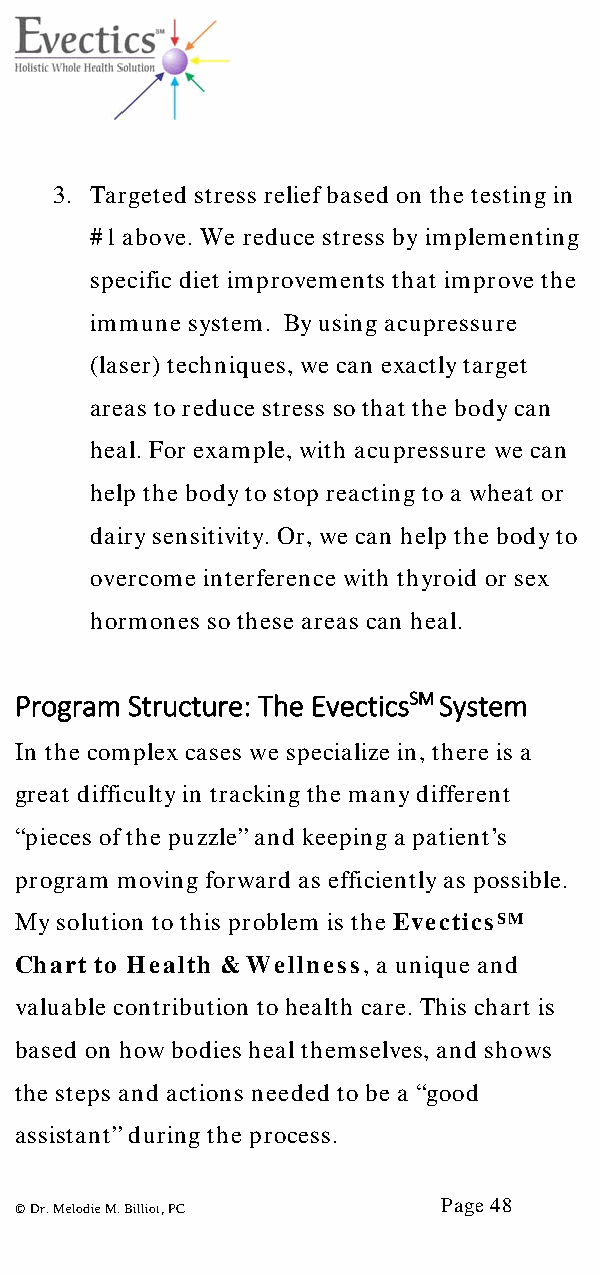
3. Targeted stress relief based on the testing in
 #1 above. We reduce stress by implementing
 specific diet improvements that improve the
 immune system. By using acupressure
 (laser) techniques, we can exactly target
 areas to reduce stress so that the body can
 heal. For example, with acupressure we can
 help the body to stop reacting to a wheat or
 dairy sensitivity. Or, we can help the body to
 overcome interference with thyroid or sex
 hormones so these areas can heal.
 Program Structure: The EvecticsSM System
 In the complex cases we specialize in, there is a
 great difficulty in tracking the many different
 “pieces of the puzzle” and keeping a patient’s
 program moving forward as efficiently as possible.
 My solution to this problem is the EvecticsSM
 Chart to Health & Wellness, a unique and
 valuable contribution to health care. This chart is
 based on how bodies heal themselves, and shows
 the steps and actions needed to be a “good
 assistant” during the process.
 Page 48
 © Dr. Melodie M. Billiot, PC